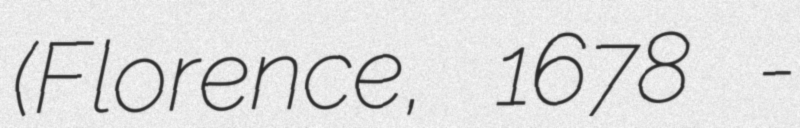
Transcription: (Florence, 1678 -